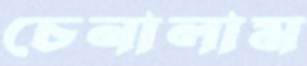
চেনালাম